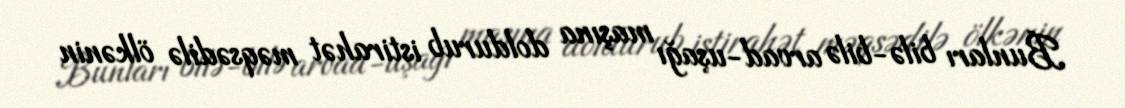
Bunları bilə-bilə arvad-uşağı maşına doldurub istirahət məqsədilə ölkənin